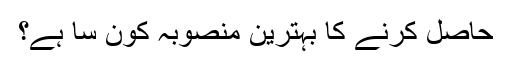
حاصل کرنے کا بہترین منصوبہ کون سا ہے؟